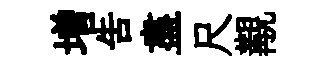
増告盡尺覯